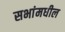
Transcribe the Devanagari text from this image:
सभांमधील